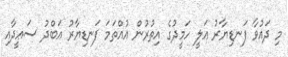
މި ދައުވާ ފަނޑިޔާރު ޢަލީ ހަމީދުގެ އިތުރުން އުއްތަމަ ފަނޑިޔާރު އަބްދު ސަޢީދާއި